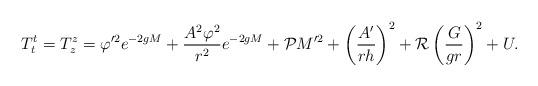
LaTeX: \begin{align*}T^t_t = T^z_z = \varphi'^2 e^{-2gM}+\frac{A^2\varphi^2 }{r^2}e^{-2gM} + {\cal P} M'^2 +\left(\frac{A'}{r h}\right)^2 + {\cal R}\left(\frac{ G}{gr} \right)^2 + U.\end{align*}